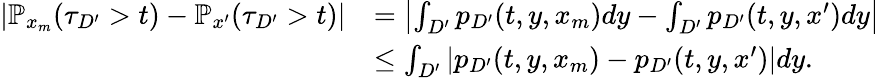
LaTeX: \begin{array}{rl}{|\mathbb{P}_{x_{m}}(\tau_{D^{\prime}}>t)-\mathbb{P}_{x^{\prime}}(\tau_{D^{\prime}}>t)|}&{=\left|\int_{D^{\prime}}p_{D^{\prime}}(t,y,x_{m})dy-\int_{D^{\prime}}p_{D^{\prime}}(t,y,x^{\prime})dy\right|}\\ &{\le\int_{D^{\prime}}\left|p_{D^{\prime}}(t,y,x_{m})-p_{D^{\prime}}(t,y,x^{\prime})\right|dy.}\end{array}